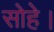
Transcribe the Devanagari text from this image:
सोहे।